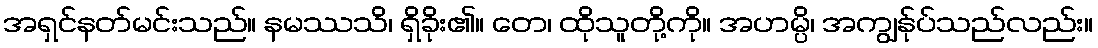
အရှင်နတ်မင်းသည်။ နမဿသိ၊ ရှိခိုး၏။ တေ၊ ထိုသူတို့ကို။ အဟမ္ပိ၊ အကျွန်ုပ်သည်လည်း။